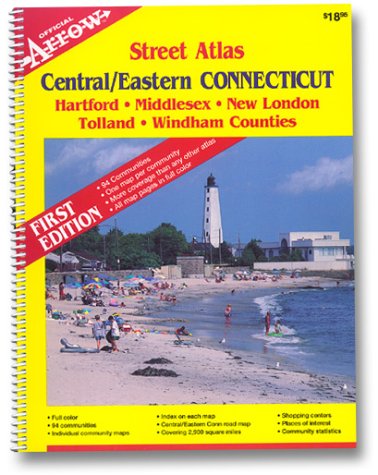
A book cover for Central and Eastern Connecticut Street Atlas; Travel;